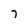
Character: 7